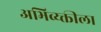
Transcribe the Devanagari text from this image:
अभिव्य्क्तीला